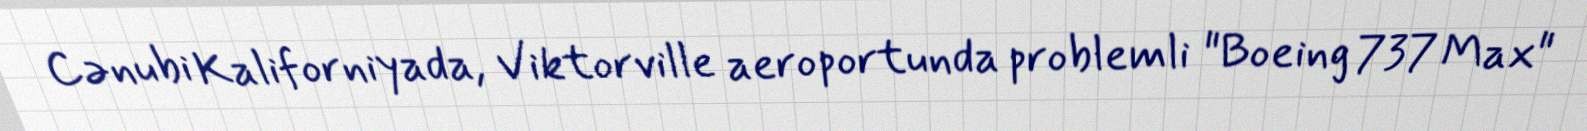
Cənubi Kaliforniyada, Viktorville aeroportunda problemli "Boeing 737 Max"